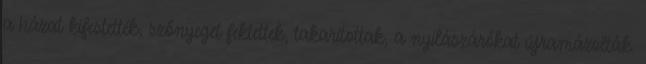
a házat kifestették, szőnyeget fektettek, takarítottak, a nyílászárókat újramázolták.